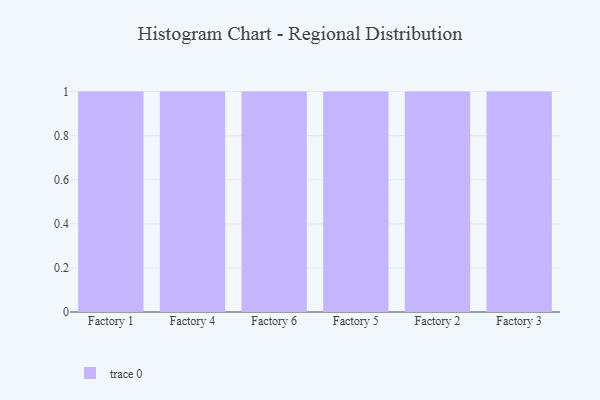
{"axis": {"x": "Factory", "y": "Satisfaction Score"}, "legend": [""], "data": [{"x": "Factory 1", "y": 6, "type": ""}, {"x": "Factory 4", "y": 72, "type": ""}, {"x": "Factory 6", "y": 88, "type": ""}, {"x": "Factory 5", "y": 41, "type": ""}, {"x": "Factory 2", "y": 45, "type": ""}, {"x": "Factory 3", "y": 1, "type": ""}]}